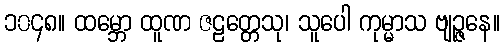
၁၀၄၈။ ထမ္ဘော ထူဏ ဇဠတ္တေသု၊ သူပေါ ကုမ္မာသ ဗျဉ္ဇနေ။